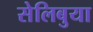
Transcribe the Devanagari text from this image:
सेलिबुया